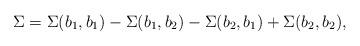
LaTeX: \begin{align*}\Sigma=\Sigma(b_1,b_1)-\Sigma(b_1,b_2)-\Sigma(b_2,b_1)+\Sigma(b_2,b_2),\end{align*}